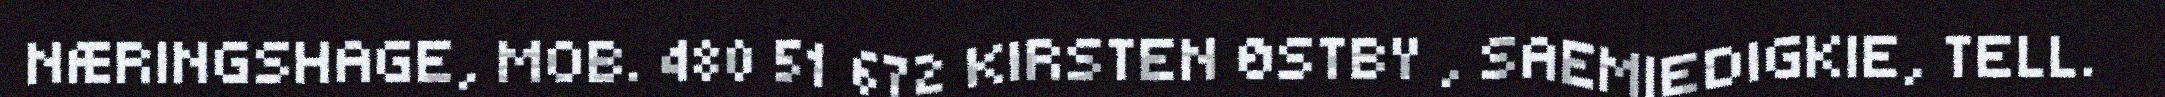
NÆRINGSHAGE, MOB. 480 51 672 KIRSTEN ØSTBY , SAEMIEDIGKIE, TELL.